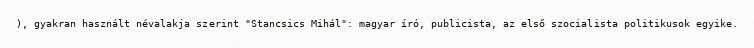
), gyakran használt névalakja szerint "Stancsics Mihál": magyar író, publicista, az első szocialista politikusok egyike.